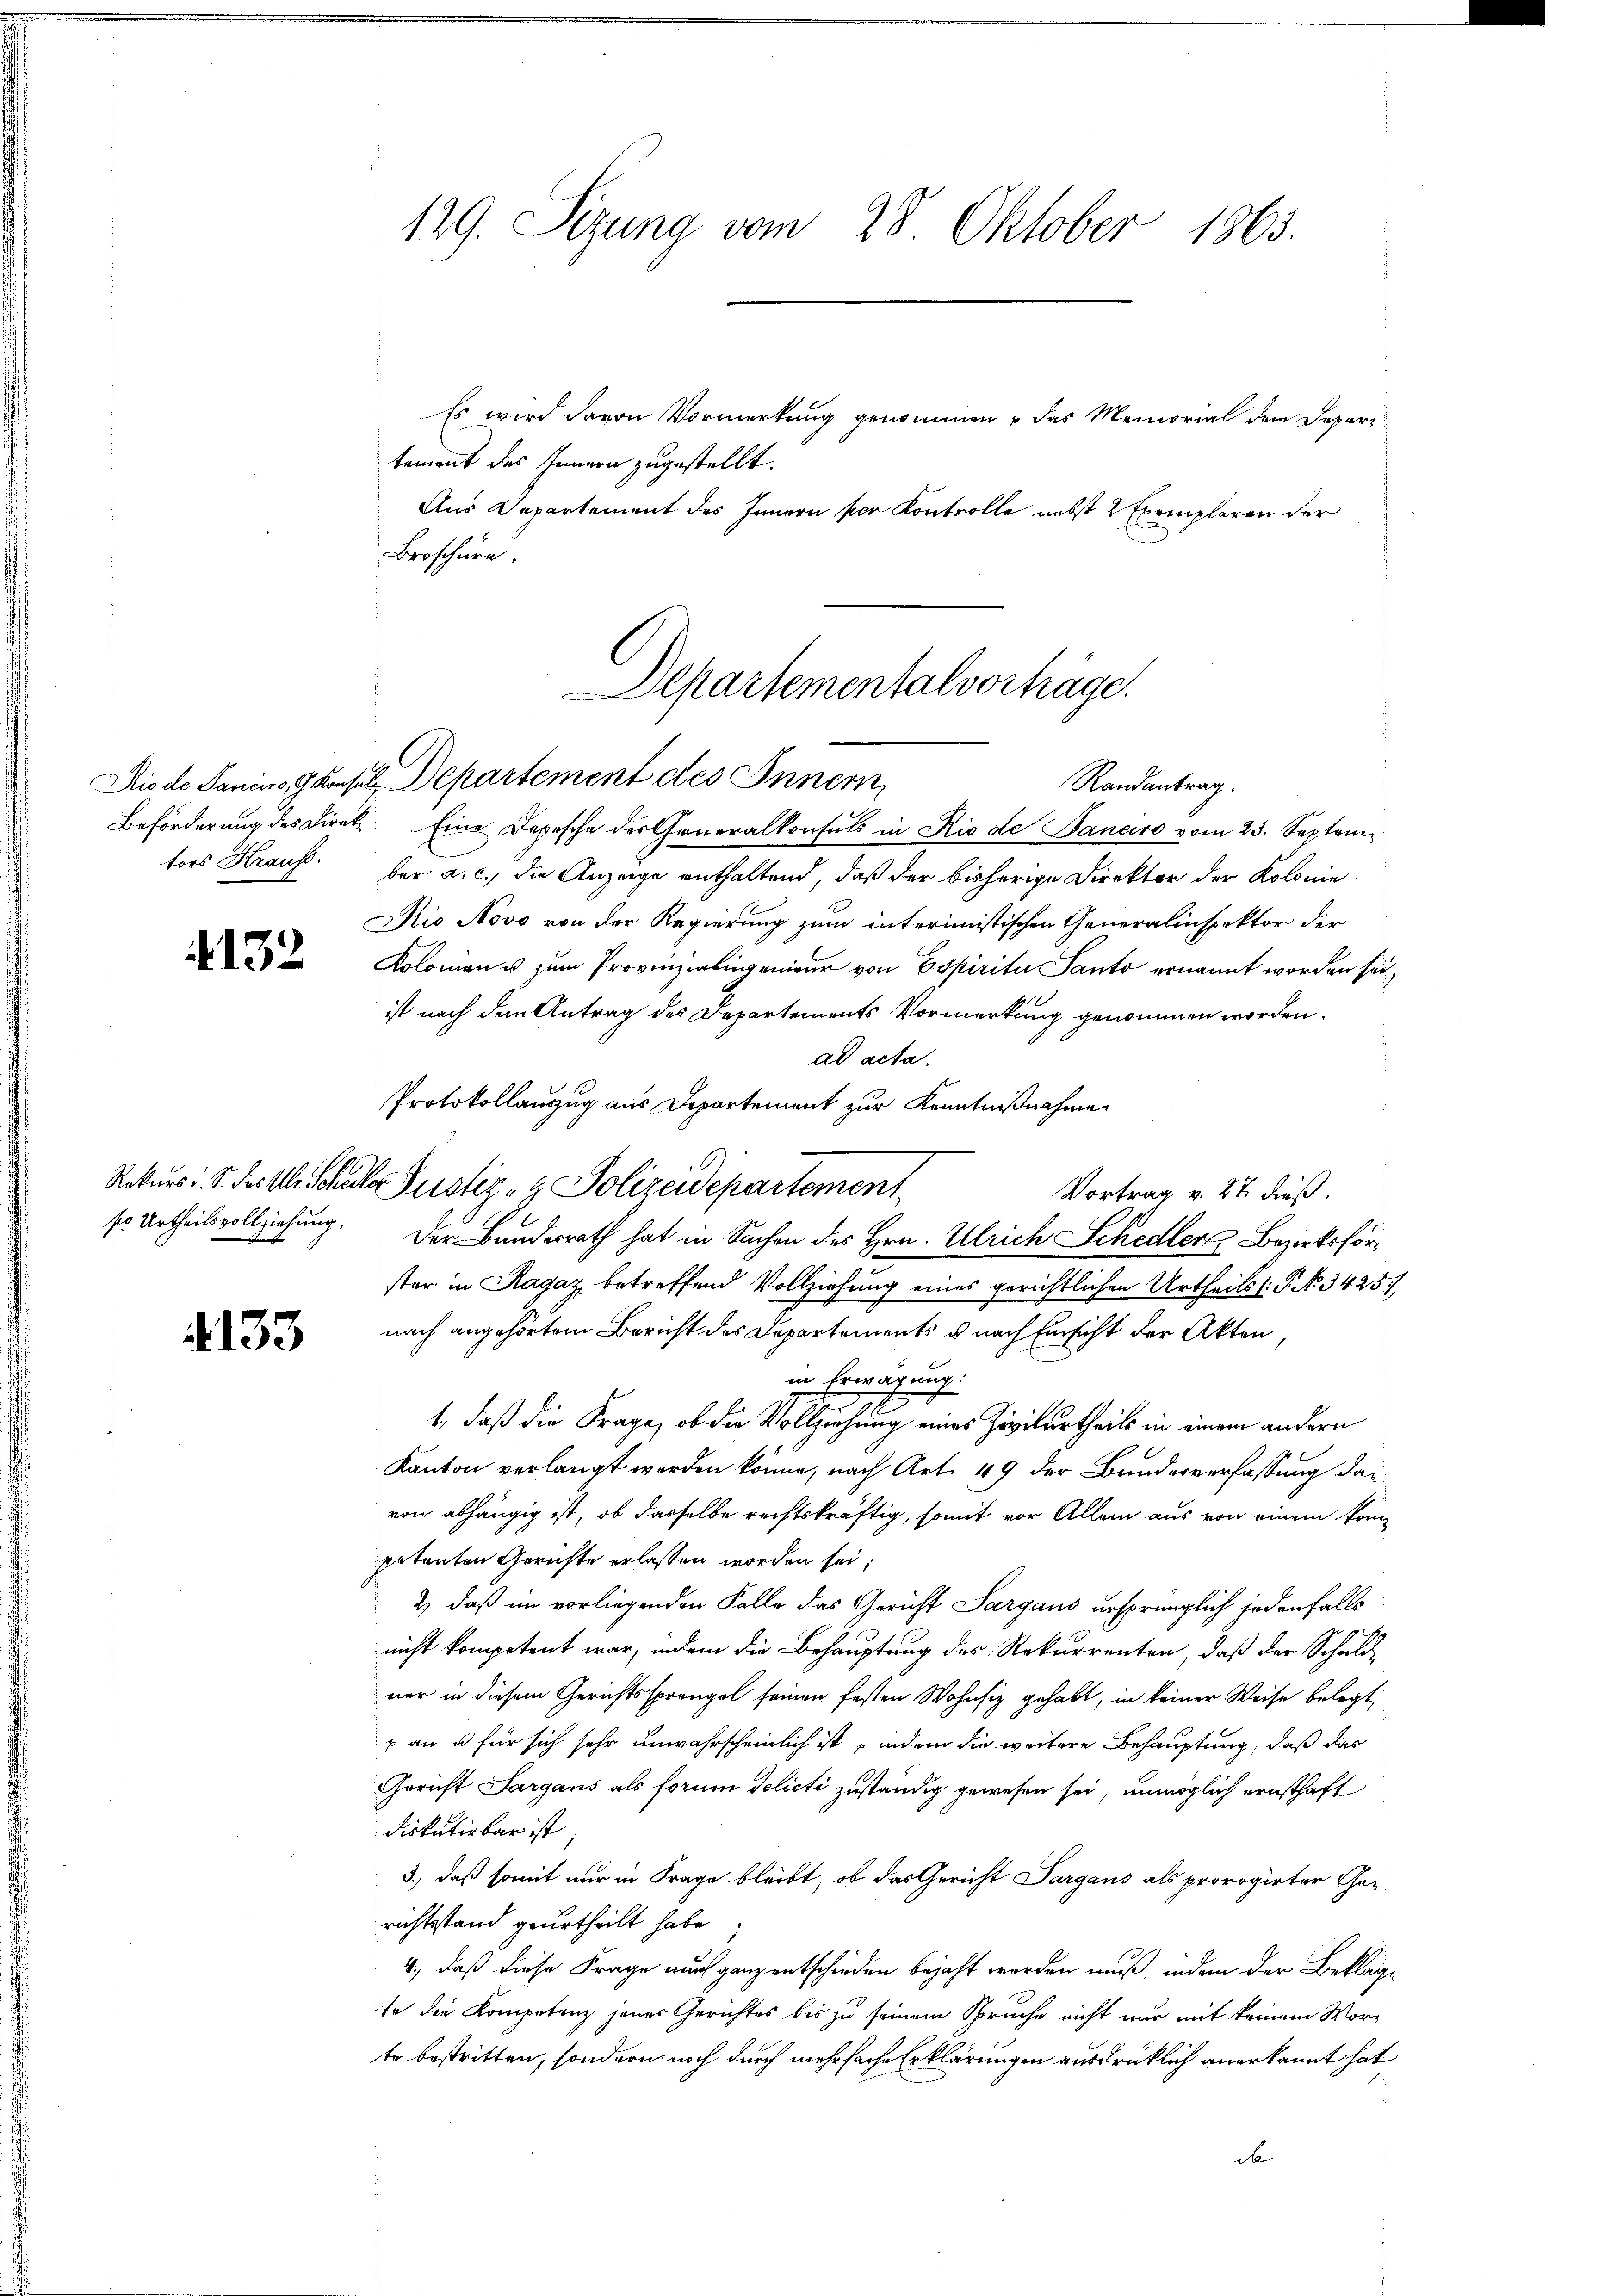
4132

s Urtheilsvollziehung,

4133

129. Sizung vom 28. Oktober 1863.

Es wird davon Vormerkung genommen u das Memorial dem Depari
tement des Innern zugestellt.
Aus Departement des Innern per Kontrolle nebst 2 Exemplaren der
Broschüre,

Departementalverträge.
Rio de Panius, Konsel, Departement des Innern,
Randantrag.

Der Bundesrath hat in Sachen des Hrn. Ulrich Schedler Bezirksför¬

Beförderung des Direk, Eine Depesche der Generalkonsuls in Rio de Janeiro vom 23. Septemtors Kraus ber a. c. die Anzeige enthaltend, daß der bisherige Direktor der Kolonie
Rio Novo von der Regierung zum interimistischen Generalinspektor der
Kolomen u zum Provinzialingenieur von Espirite Kanto ernannt worden sei,
ist nach dem Antrag des Departements Vormerkung genommen worden.
ad acta.
Protokollauszug aus Departement zur Kenntnißnahme
Rekurs. S. der Uhr Schedler Justiz- & Polizeidepartement
Vortrag v. 27. dieß.
ster in Ragaz, betreffend Vollziehung eines gerichtlichen Urtheils (P No. 34257,
nach angehörtem Bericht des Departements u nach Einsicht der Akten,
in Erwägung.
1, daß die Frage, ob die Vollziehung eines Zivilurtheils in einem andern
Kanton verlangt werden könne, nach Art. 49 der Bunderverfassung davon abhängig ist, ob dasselbe rechtskräftig, somit vor Allem aus von einem kompetenten Gerichte erlassen worden sei;
2) daß im vorliegenden Falle das Gericht Sargaus ursprünglich jedenfalls
nicht kompetent war, indem die Behauptung des Rekurrenten, daß der Schuldner in diesem Gerichtssprangel seinen festen Wohnsiz gehabt, in keiner Weise belegt,
p an u für sich sehr unwahrscheinlich ist, indem die weitere Behauptung, daß das
Gericht Sargans als forum Selicti zuständig gewesen sei, unmöglich ernsthaft
diskutivbar ist
3., daß somit nur in Frage bleibt, ob das Gericht Sargans als prorogirter Gerichtstand geurtheilt habe.
4., daß diese Frage auch ganz entschieden bejaht werden muß, inden der Beklagte die Kompetenz jener Gerichtes bis zu seinem Spruche nicht nur mit keinem Worte bestritten, sondern noch durch mehrfache Erklärungen ausdrüklich anerkannt hat
d